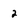
Character: 2